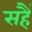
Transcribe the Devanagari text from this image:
सहैं